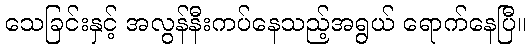
သေခြင်းနှင့် အလွန်နီးကပ်နေသည့်အရွယ် ရောက်နေပြီ။